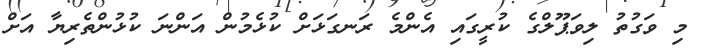
މި ވަގުތު ލިވަޕޫލްގެ ކުރީގައި އެންމެ ރަނގަޅަށް ކުޅެމުން އަންނަ ކުޅުންތެރިޔާ އަށް